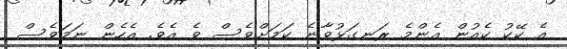
އެ ކޭކު ކެއުން އެންމެ ރަނގަޅުވާނެ ކަމަށްވެސް ވެ އެވެ. އެހެން ނަމަވެސް